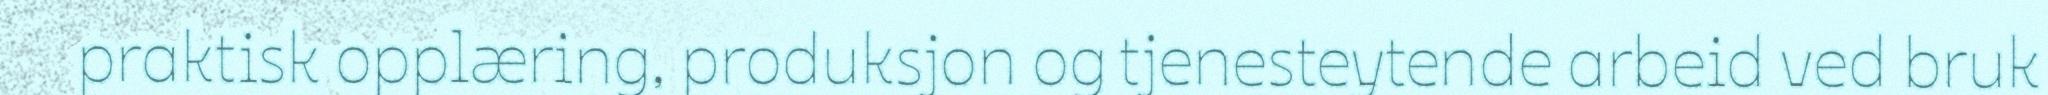
praktisk opplæring, produksjon og tjenesteytende arbeid ved bruk